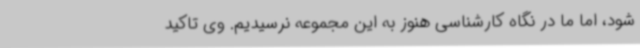
شود، اما ما در نگاه کارشناسی هنوز به این مجموعه نرسیدیم. وی تاکید